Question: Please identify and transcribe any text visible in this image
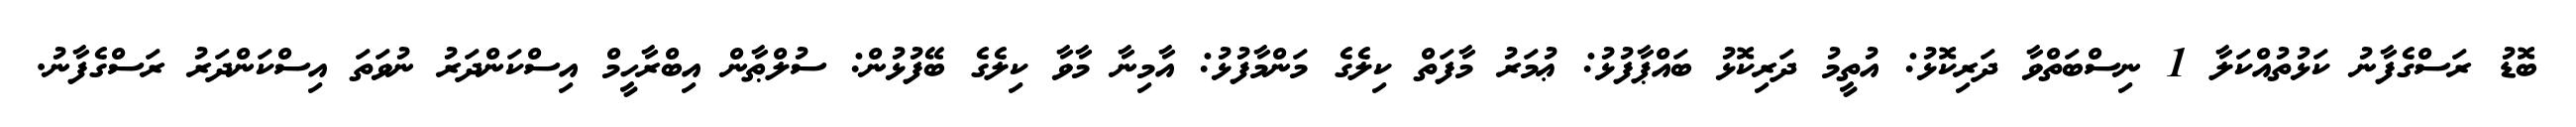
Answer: ބޮޑު ރަސްގެފާނު ކަޅުތުއްކަލާ 1 ނިސްބަތްވާ ދަރިކޮޅު: އުތީމު ދަރިކޮޅު ބައްޕާފުޅު: ޢުމަރު މާފަތް ކިލެގެ މަންމާފުޅު: އާމިނާ މާވާ ކިލެގެ ބޭފުޅުން: ސުލްޠާން އިބްރާހީމް އިސްކަންދަރު ނުވަތަ އިސްކަންދަރު ރަސްގެފާނު.